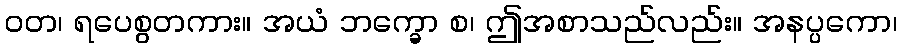
ဝတ၊ ရပေစွတကား။ အယံ ဘက္ခော စ၊ ဤအစာသည်လည်း။ အနပ္ပကော၊